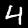
Label: 4